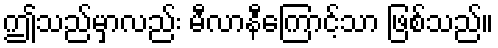
ဤသည်မှာလည်း မီလာနီကြောင့်သာ ဖြစ်သည်။